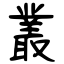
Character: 叢